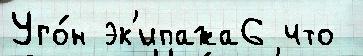
Уго́н эк'ипажа6 что